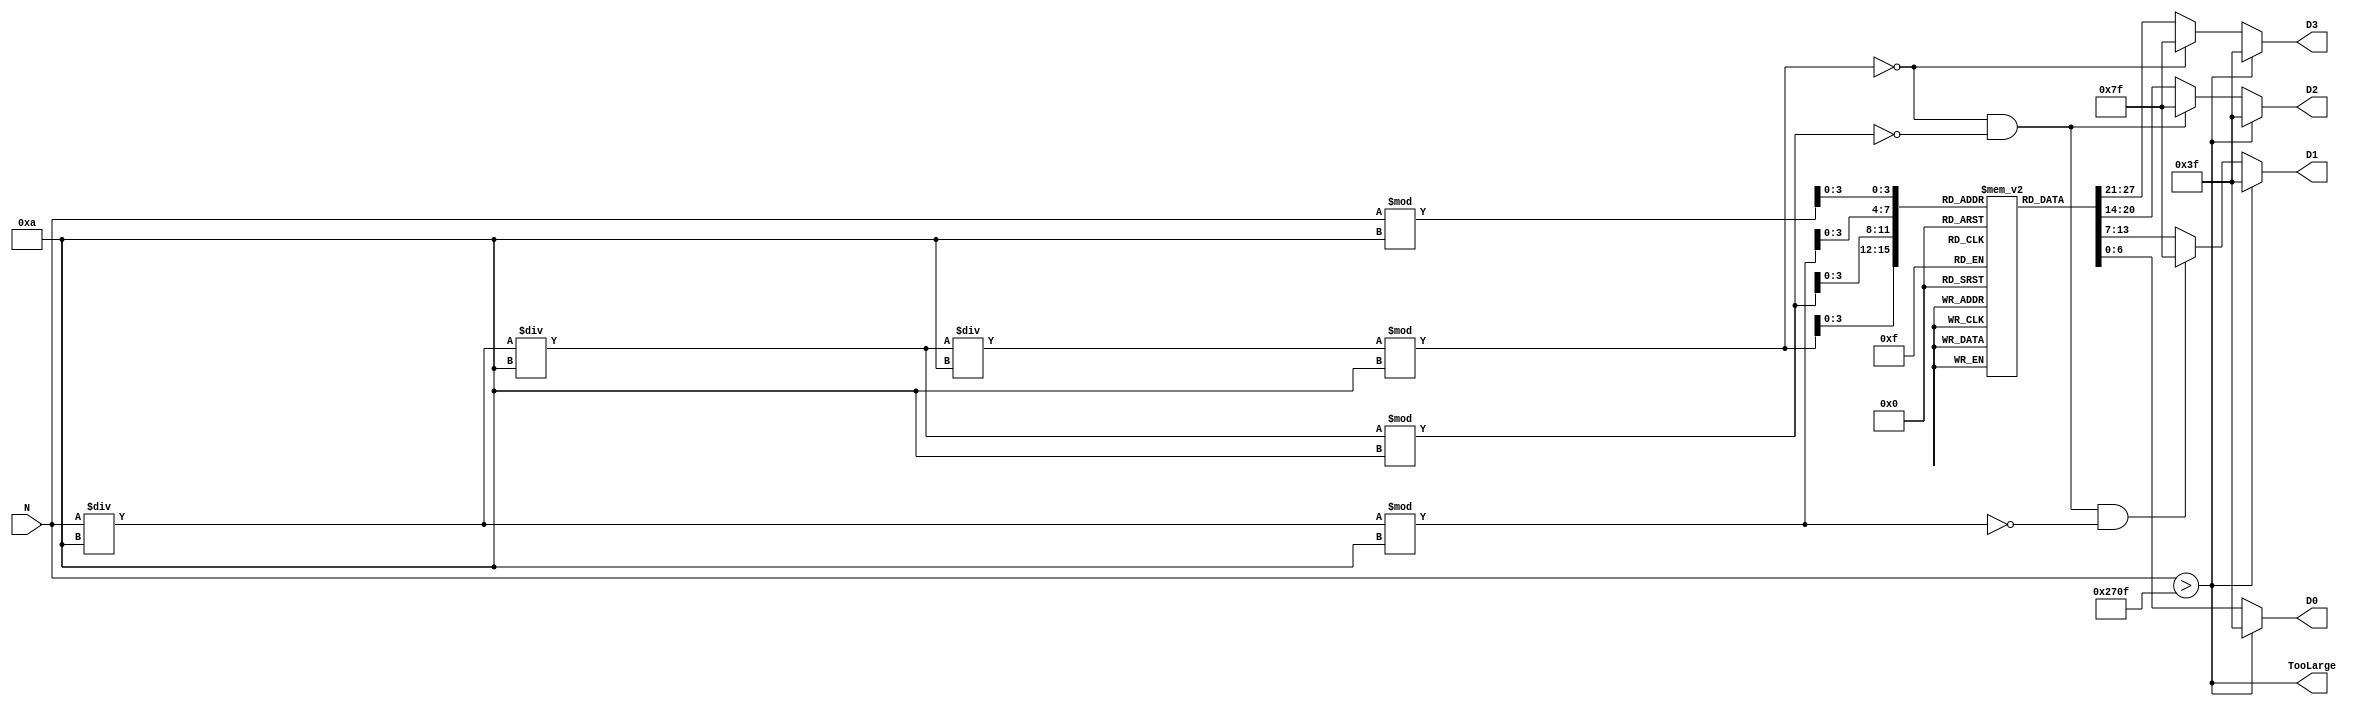
module Unsigned_to_7SEG
	#(parameter W = 13)					// Default bit width
	(input [W-1:0] N,						// W-bit unsigned number			
	 output [6:0] D3, D2, D1, D0,		// 7SEG display for the four digits
	 output TooLarge						// N too large to display
	);

// Named HEX Outputs
	localparam ZERO 	= 7'b1000000;	// 64
	localparam ONE		= 7'b1111001; 	// 121
	localparam TWO		= 7'b0100100; 	// 36
	localparam THREE	= 7'b0110000; 	// 48
	localparam FOUR	= 7'b0011001; 	// 25
	localparam FIVE	= 7'b0010010; 	// 18
	localparam SIX		= 7'b0000010; 	// 2
	localparam SEVEN	= 7'b1111000; 	// 120
	localparam EIGHT	= 7'b0000000; 	// 0
	localparam NINE	= 7'b0010000; 	// 16
	localparam MINUS	= 7'b0111111;	// 63
	localparam OFF		= 7'b1111111; 	// 127

// Load the look-up table
	reg [6:0] LUT[0:9];					// Magnitude Look-up Table
	initial begin
		LUT[0] = ZERO;
		LUT[1] = ONE;
		LUT[2] = TWO;
		LUT[3] = THREE;
		LUT[4] = FOUR;
		LUT[5] = FIVE;
		LUT[6] = SIX;
		LUT[7] = SEVEN;
		LUT[8] = EIGHT;
		LUT[9] = NINE;
	end


// Check if N can be displayed
	assign TooLarge = (N > 'd9999);


// Get digits of N
	wire [W-1:0] Quotient0, Quotient1, Quotient2, Digit0, Digit1, Digit2, Digit3;
	assign Quotient0 = N / 4'b1010;
	assign Quotient1 = Quotient0 / 4'b1010;
	assign Quotient2 = Quotient1 / 4'b1010;
	assign Digit0 = N % 4'b1010;
	assign Digit1 = Quotient0 % 4'b1010;
	assign Digit2 = Quotient1 % 4'b1010;
	assign Digit3 = Quotient2 % 4'b1010;
	
// Display: indicate out-of-range with "dashes"
	assign D3 = TooLarge? MINUS : ((Digit3 == 'd0) ? OFF : LUT[Digit3]);
	assign D2 = TooLarge? MINUS : ((Digit3 == 'd0) & (Digit2 == 'd0) ? OFF : LUT[Digit2]);
	assign D1 = TooLarge? MINUS : ((Digit3 == 'd0) & (Digit2 == 'd0) & (Digit1 == 'd0) ? OFF : LUT[Digit1]);
	assign D0 = TooLarge? MINUS : LUT[Digit0];
endmodule